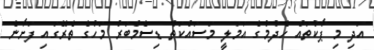
އަދި މި ޕާކުތައް ހެދުމުގެ އަމަލީ މަސައްކަތް ޑިސެމްބަރު މަހުގެ ތެރޭގައި ފަށާނެ